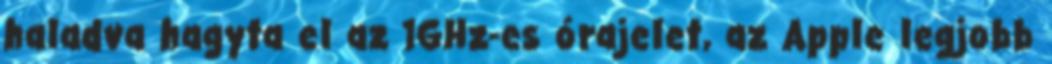
haladva hagyta el az 1GHz-es órajelet, az Apple legjobb